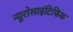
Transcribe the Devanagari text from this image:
न्यूरोसाइंटिफिक